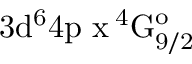
\mathrm { 3 d ^ { 6 } 4 p \ x \, ^ { 4 } G _ { 9 / 2 } ^ { o } }